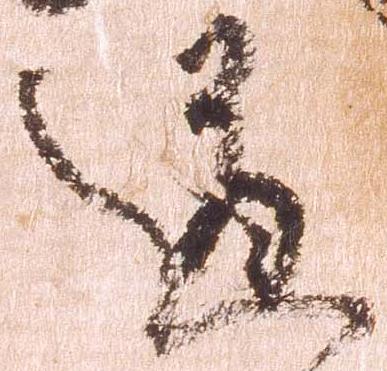
道